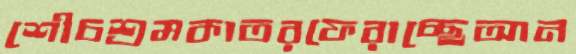
শৌচশ্রমকাতরফেরাচ্ছেআন